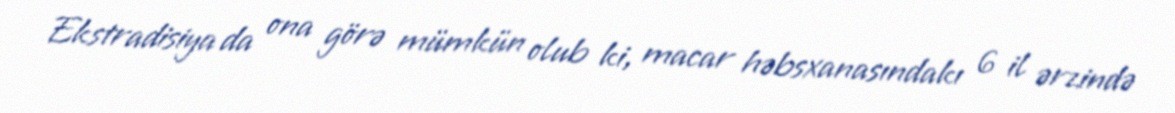
Ekstradisiya da ona görə mümkün olub ki, macar həbsxanasındakı 6 il ərzində